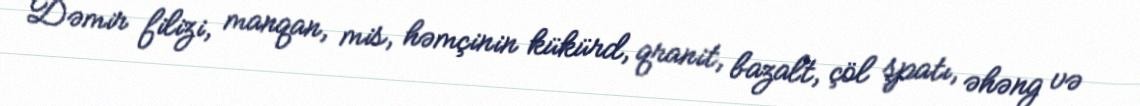
Dəmir filizi, manqan, mis, həmçinin kükürd, qranit, bazalt, çöl şpatı, əhəng və